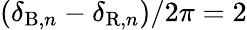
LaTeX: (\delta_{\mathrm{B},n}-\delta_{\mathrm{R},n})/2\pi=2